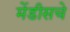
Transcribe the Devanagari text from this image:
मेंडीसचे